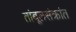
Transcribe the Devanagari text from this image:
तांबूलसंक्रांत